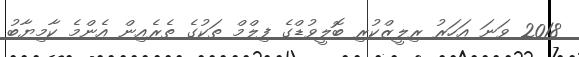
2018 ވަނަ އަހަރު ރިލީޒްކުރި ބޮލީވުޑްގެ ފިލްމް ތަކުގެ ތެރެއިން އެންމެ ކާމިޔާބު